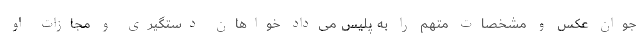
جوان عکس و مشخصات متهم را به پلیس می‌داد خواهان دستگیری و مجازات او